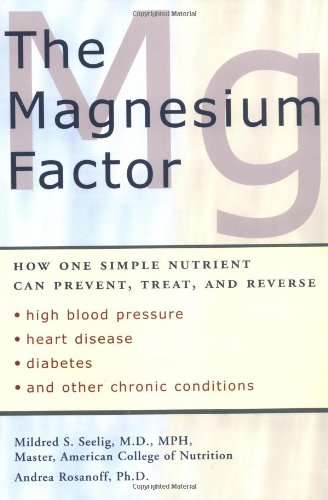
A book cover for The Magnesium Factor; Mildred Seelig; Health, Fitness & Dieting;